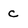
Character: c